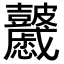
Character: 𥀽